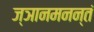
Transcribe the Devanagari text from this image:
ज्ञानमनन्तं